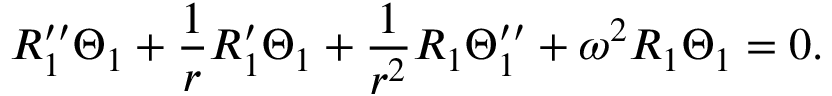
R _ { 1 } ^ { \prime \prime } \Theta _ { 1 } + \frac { 1 } { r } R _ { 1 } ^ { \prime } \Theta _ { 1 } + \frac { 1 } { r ^ { 2 } } R _ { 1 } \Theta _ { 1 } ^ { \prime \prime } + \omega ^ { 2 } R _ { 1 } \Theta _ { 1 } = 0 .